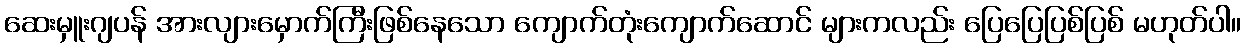
ဆေးမှူးဂျပန် အားလျားမှောက်ကြီးဖြစ်နေသော ကျောက်တုံးကျောက်ဆောင် များကလည်း ပြေပြေပြစ်ပြစ် မဟုတ်ပါ။